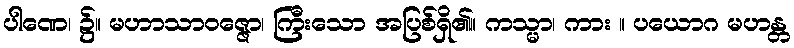
ပါဏေ၊ ၌။ မဟာသာဝဇ္ဇော၊ ကြီးသော အပြစ်ရှိ၏။ ကသ္မာ၊ ကား ။ ပယောဂ မဟန္တ